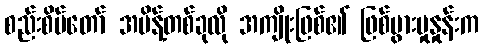
စည်းစိမ်တော် အမိန့်တစ်ခုလို အကျိုးဖြစ်၏ ဖြစ်ပွားမှုနှုန်းက